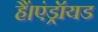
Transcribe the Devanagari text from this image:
हैं।एंड्रॉयड